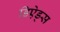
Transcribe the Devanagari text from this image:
डिऐड्स